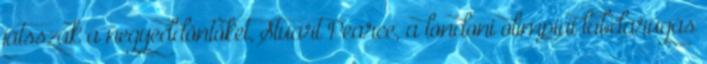
játsszák a negyeddöntőket, Stuart Pearce, a londoni olimpiai labdarúgás